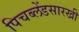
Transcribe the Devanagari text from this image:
पिचब्लेंडसारखी